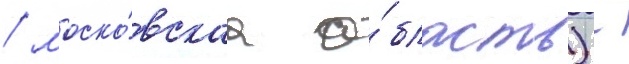
/ моско́вскаа о́бласть) -